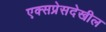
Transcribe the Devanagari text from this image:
एक्सप्रेसदेखील